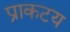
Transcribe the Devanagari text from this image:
प्राकटय